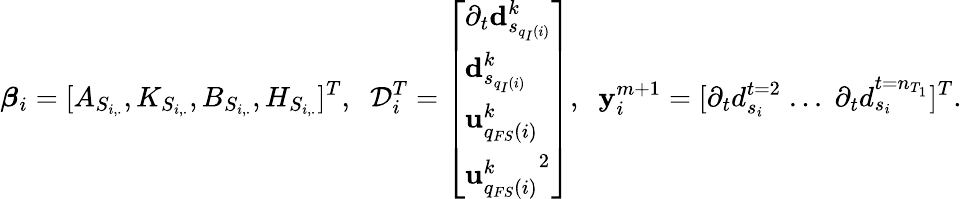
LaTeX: \boldsymbol{\beta}_{i}=[A_{S_{i,.}},K_{S_{i,.}},B_{S_{i,.}},H_{S_{i,.}}]^{T},\; \; \mathcal{D}_{i}^{T}=\left[\begin{array}{l}{\partial_{t}\mathbf{d}_{s_{q_{I}(i)}}^{k}}\\ {\mathbf{d}_{s_{q_{I}(i)}}^{k}}\\ {\mathbf{u}_{q_{FS}(i)}^{k}}\\ {{\mathbf{u}_{q_{FS}(i)}^{k}}^{2}}\end{array}\right],\; \; \mathbf{y}_{i}^{m+1}=[\partial_{t}{d}_{s_{i}}^{t=2}\; ...\; \partial_{t}{d}_{s_{i}}^{t=n_{T_{1}}}]^{T}.